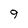
Character: 9